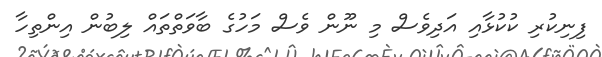
ފިނިކުރި ކުކުޅާއި އަދިވެސް މި ނޫން ވެސް މަހުގެ ބާވަތްތައް ލިބުން އިންތިހާ